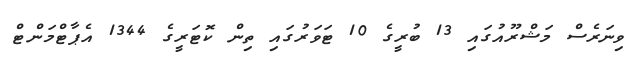
ވިނަރެސް މަޝްރޫއުގައި 13 ބުރީގެ 10 ޓަވަރުގައި ތިން ކޮޓަރީގެ 1344 އެޕާޓްމަންޓް